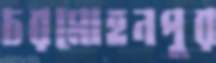
চরমোহনপুর